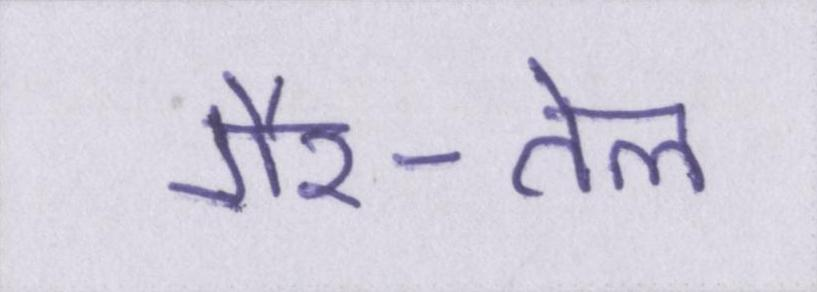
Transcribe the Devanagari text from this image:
गैर-तेल